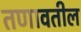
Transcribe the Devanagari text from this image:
तणावतील